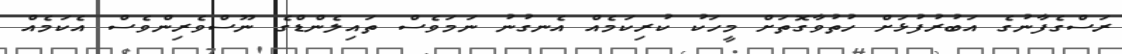
ރަސްގެފާނުގެ އަބުރުފުޅަށް ހުތުވާގޮތަށް މީހަކު ކުރިކަމެއް އެނގުނު ނަމަވެސް ތައިލެންޑްގެ ނޫސްވެރިންވެސް އެކަމެއް